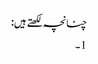
چنانچہ لکھتے ہیں:
1۔